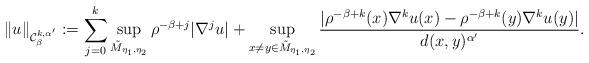
LaTeX: \begin{align*}\left\|u\right\|_{\mathcal{C}^{k,\alpha'}_{\beta}}:=\sum_{j=0}^{k}\sup_{\tilde{M}_{\eta_1,\eta_2}}\rho^{-\beta+j}|\nabla^{j}u| + \sup_{x\neq y \in \tilde{M}_{\eta_1,\eta_2}}\frac{|\rho^{-\beta+k}(x)\nabla^{k}u(x)-\rho^{-\beta+k}(y)\nabla^{k}u(y)|}{d(x,y)^{\alpha'}}.\end{align*}